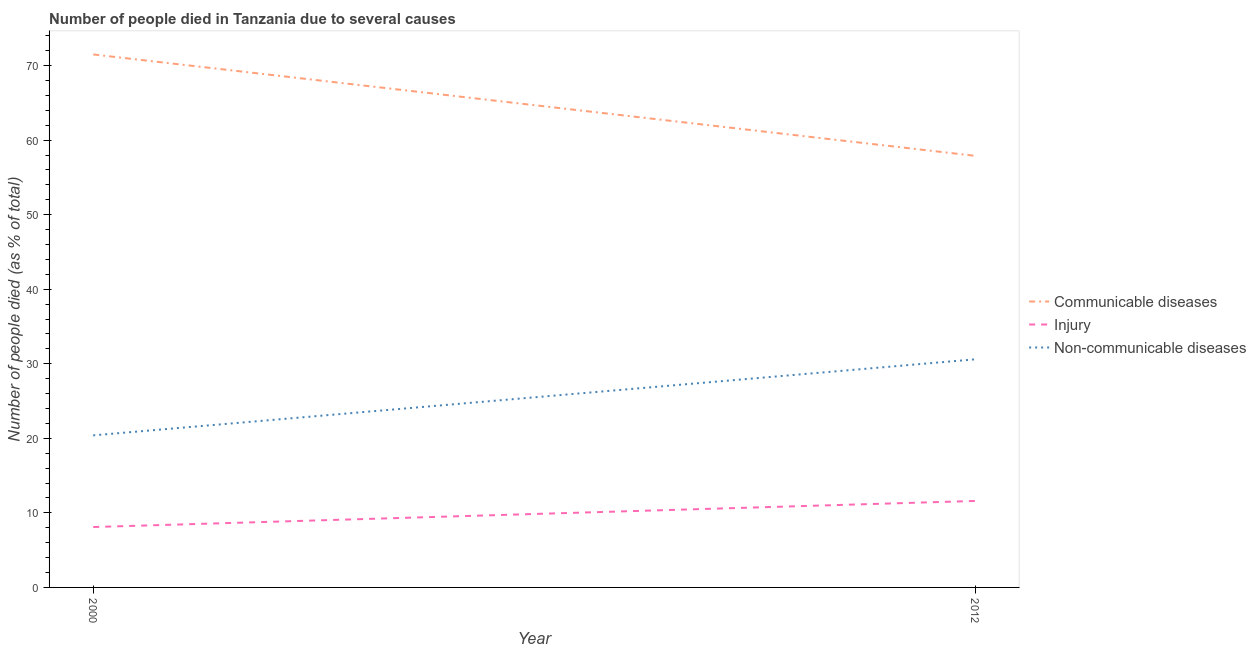
| Year | Communicable diseases | Injury | Non-communicable diseases |
 | --- | --- | --- | --- |
 | 2000 | 71.5 | 8.1 | 20.4 |
 | 2012 | 57.9 | 11.6 | 30.6 |